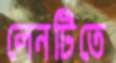
লেনটিতে